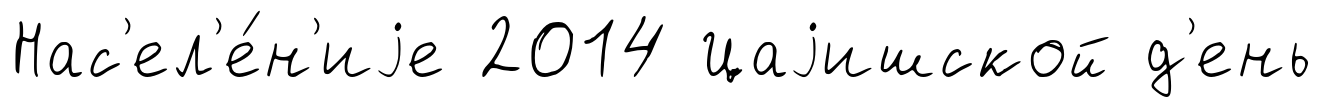
Нас'ел'е́н'иjе 2014 Цаjишской д'ень